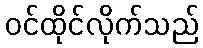
ဝင်ထိုင်လိုက်သည်